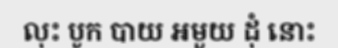
លុះ បូក បាយ អមួយ ដុំ នោះ